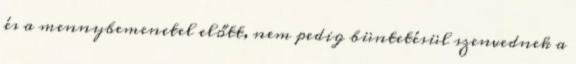
és a mennybemenetel előtt, nem pedig büntetésül szenvednek a